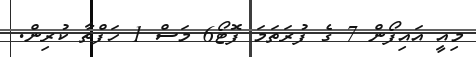
މިއީ އައިފޯން 7 ގެ ފުރަތަމަ ފޮޓޯ6 މަސް 1 ހަފްތާ ކުރިން.